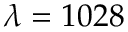
\lambda = 1 0 2 8